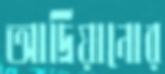
আদ্রিয়ানোর